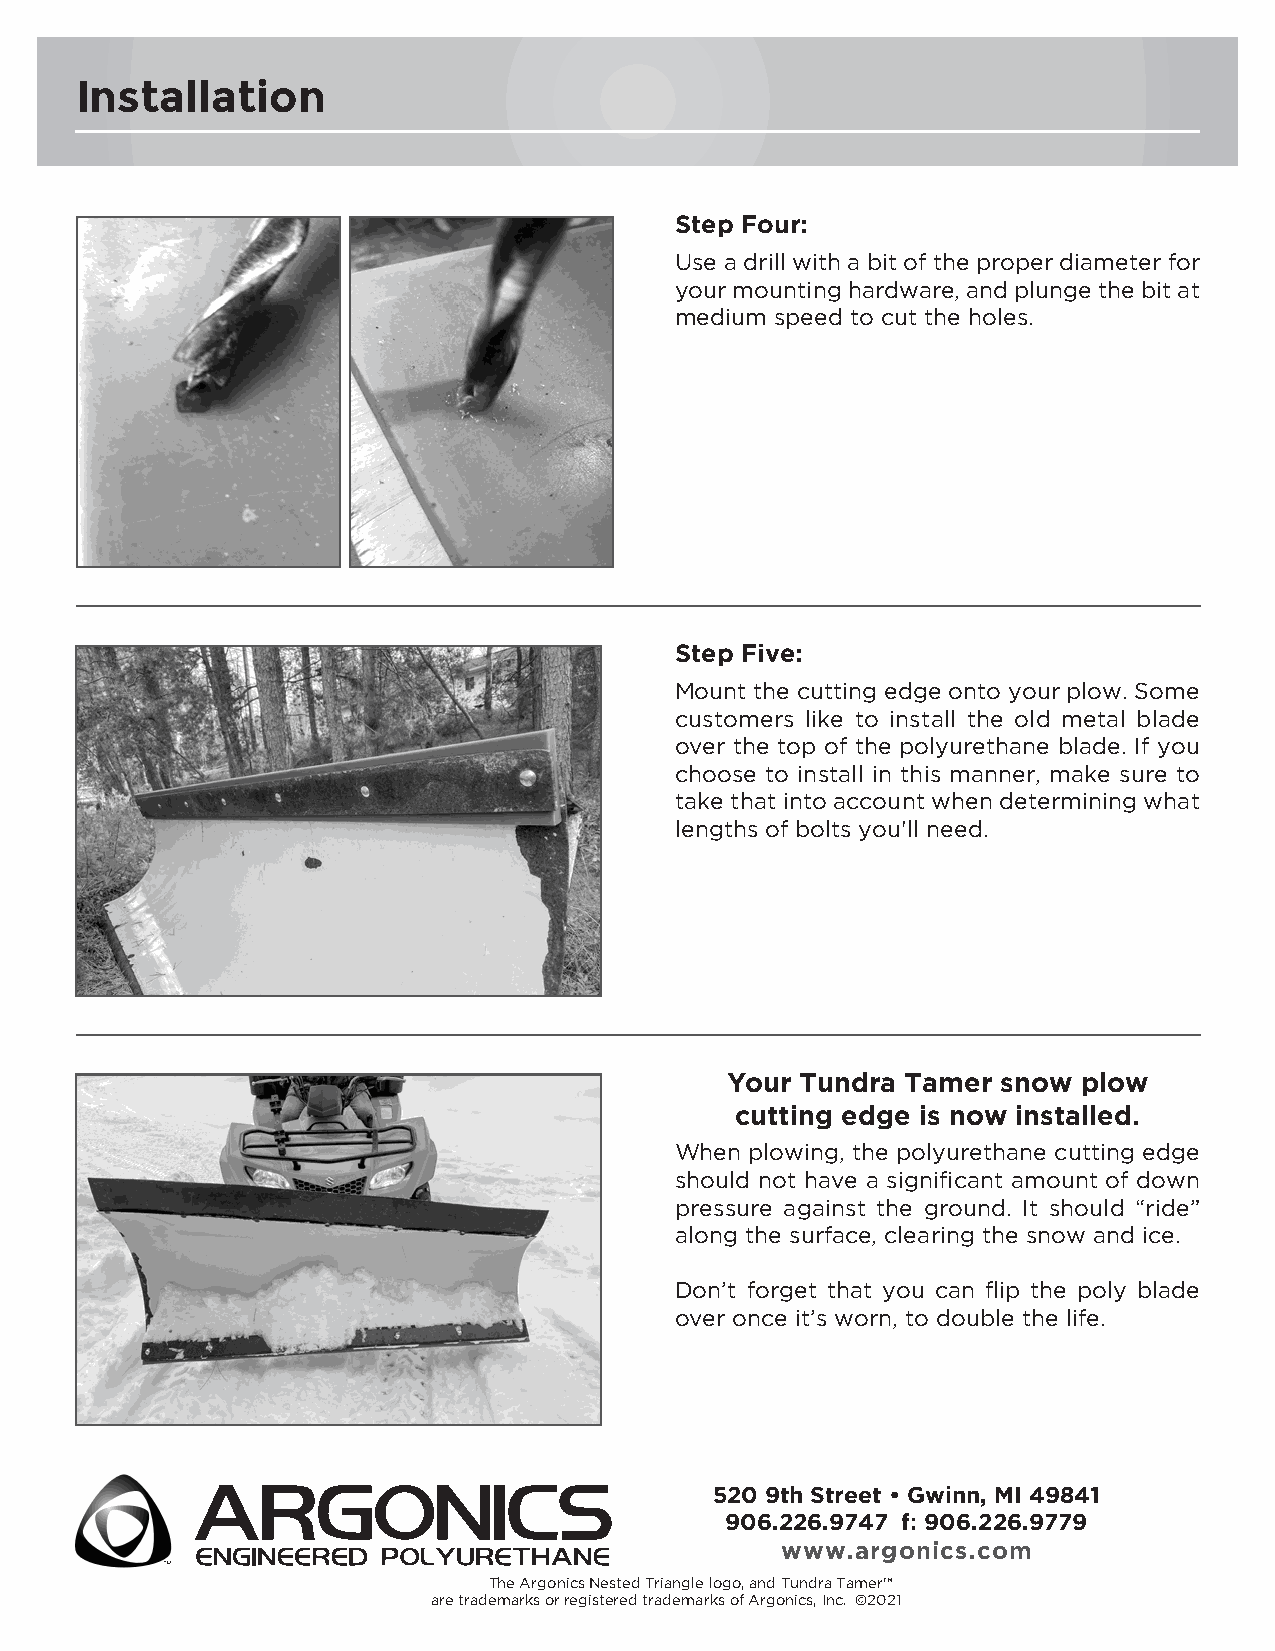
Installation
 Step Four:
 Use a drill with a bit of the proper diameter for
 your mounting hardware, and plunge the bit at
 medium speed to cut the holes.
 Step Five:
 Mount the cutting edge onto your plow. Some
 customers like to install the old metal blade
 over the top of the polyurethane blade. If you
 choose to install in this manner, make sure to
 take that into account when determining what
 lengths of bolts you'll need.
 Your Tundra Tamer snow  plow
 cutting edge is now installed.
 When plowing, the polyurethane cutting edge
 should not have a significant amount of down
 pressure against the ground. It should “ride”
 along the surface, clearing the snow and ice.
 Don’t forget that you can flip the poly blade
 over once it’s worn, to double the life.
 520 9th Street • Gwinn, MI 49841
 906.226.9747 f: 906.226.9779
 www.argonics.com
 The Argonics Nested Triangle logo, and Tundra Tamer™
 are trademarks or registered trademarks of Argonics, Inc. ©2021